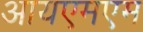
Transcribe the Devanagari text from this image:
आयएमएम